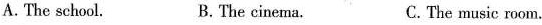
A.The school. B. The cinema. C.The music room.